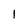
Character: l